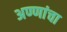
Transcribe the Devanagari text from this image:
अण्णांचा